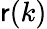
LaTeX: \mathsf{r}(k)